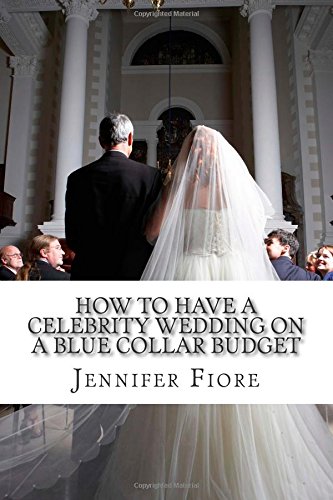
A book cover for How to Have a Celebrity Wedding on a Blue Collar Budget: A Look at Twenty Celebrity Weddings That You Can Also Have on a Budget!; Jennifer Fiore; Crafts, Hobbies & Home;